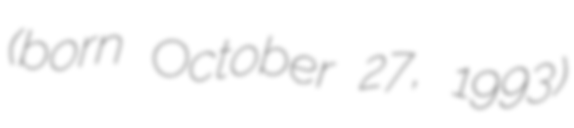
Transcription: (born October 27, 1993)